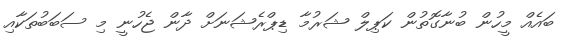
ބައެއް މީހުން ބުނާގޮތުން ކަޕިލް ޝަރުމާ ޑިޕްރެޝަނަށް ދާން ޖެހުނީ މި ސަބަބުތަކާއި